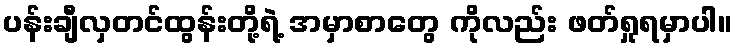
ပန်းချီလှတင်ထွန်းတို့ရဲ့ အမှာစာတွေ ကိုလည်း ဖတ်ရှုရမှာပါ။